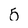
Character: 5